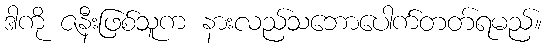
ဒါကို ဇနီးဖြစ်သူက နားလည်သဘောပေါက်တတ်ရမည်။